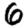
Digit: 6